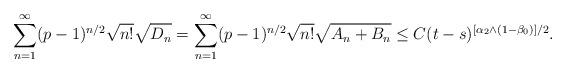
LaTeX: \begin{align*}\sum_{n=1}^\infty (p-1)^{n/2}\sqrt{n!}\sqrt{D_n}=\sum_{n=1}^\infty (p-1)^{n/2}\sqrt{n!} \sqrt{A_n+B_n}\le C (t-s)^{[\alpha_2\wedge (1-\beta_0)]/2}.\end{align*}